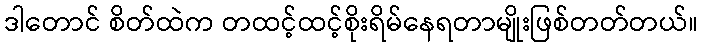
ဒါတောင် စိတ်ထဲက တထင့်ထင့်စိုးရိမ်နေရတာမျိုးဖြစ်တတ်တယ်။